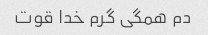
دم همگی گرم خدا قوت